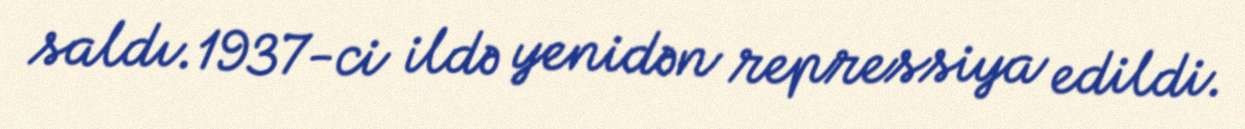
saldı.1937-ci ildə yenidən repressiya edildi.